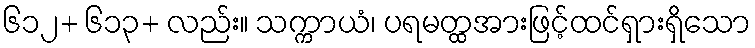
၆၁၂+ ၆၁၃+ လည်း။ သက္ကာယံ၊ ပရမတ္ထအားဖြင့်ထင်ရှားရှိသော